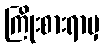
ကြိုးစားရာမှ